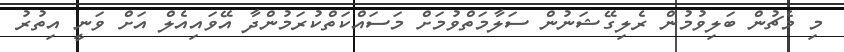
މި މެޗުން ބަލިވުމުން ރެލިގޭޝަނުން ސަލާމަތްވުމަށް މަސައްކަތްކުރަމުންދާ އޭވައިއެލް އަށް ވަނީ އިތުރު